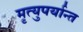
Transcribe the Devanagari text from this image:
मृत्युपर्यान्त